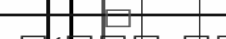
٣